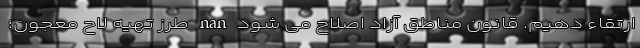
ارتقاء دهیم. قانون مناطق آزاد اصلاح می شود nan طرز تهیه لاح معجون؛